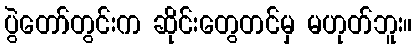
ပွဲတော်တွင်းက ဆိုင်းတွေတင်မှ မဟုတ်ဘူး။